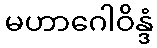
မဟာဂေါဝိန္ဒံ